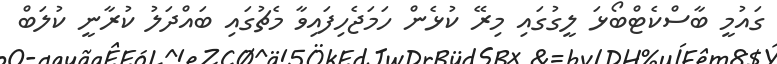
ގައުމީ ބާސްކެޓްބޯޅަ ލީގުގައި މިރޭ ކުޅެން ހަމަޖެހިފައިވާ މެޗުގައި ބައްދަލު ކުރާނީ ކުލަބް